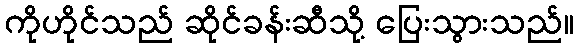
ကိုဟိုင်သည် ဆိုင်ခန်းဆီသို့ ပြေးသွားသည်။